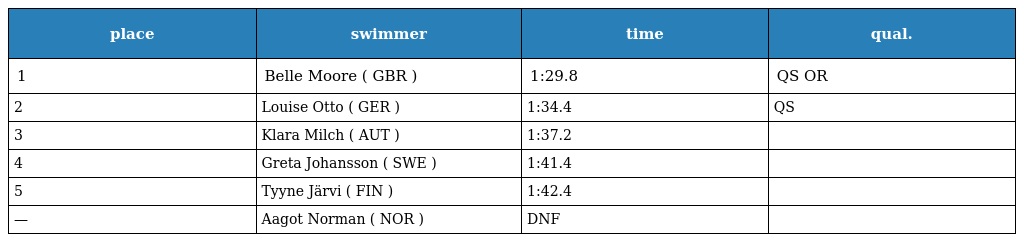
| place | swimmer | time | qual. |
 | --- | --- | --- | --- |
 | 1 | Belle Moore ( GBR ) | 1:29.8 | QS OR |
 | 2 | Louise Otto ( GER ) | 1:34.4 | QS |
 | 3 | Klara Milch ( AUT ) | 1:37.2 |  |
 | 4 | Greta Johansson ( SWE ) | 1:41.4 |  |
 | 5 | Tyyne Järvi ( FIN ) | 1:42.4 |  |
 | — | Aagot Norman ( NOR ) | DNF |  |